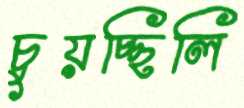
চুয়চ্ছিলি